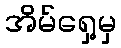
အိမ်ရှေ့မှ